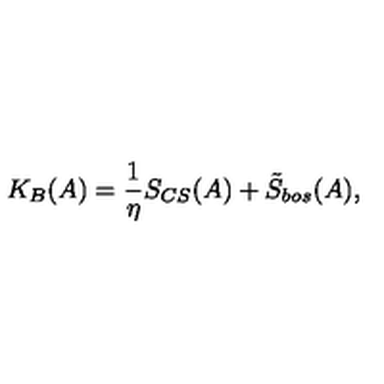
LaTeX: K _ { B } ( A ) = \frac 1 \eta S _ { C S } ( A ) + \tilde { S } _ { b o s } ( A ) ,